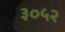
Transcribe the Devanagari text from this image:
३०५२